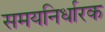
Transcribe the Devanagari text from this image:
समयनिर्धारक